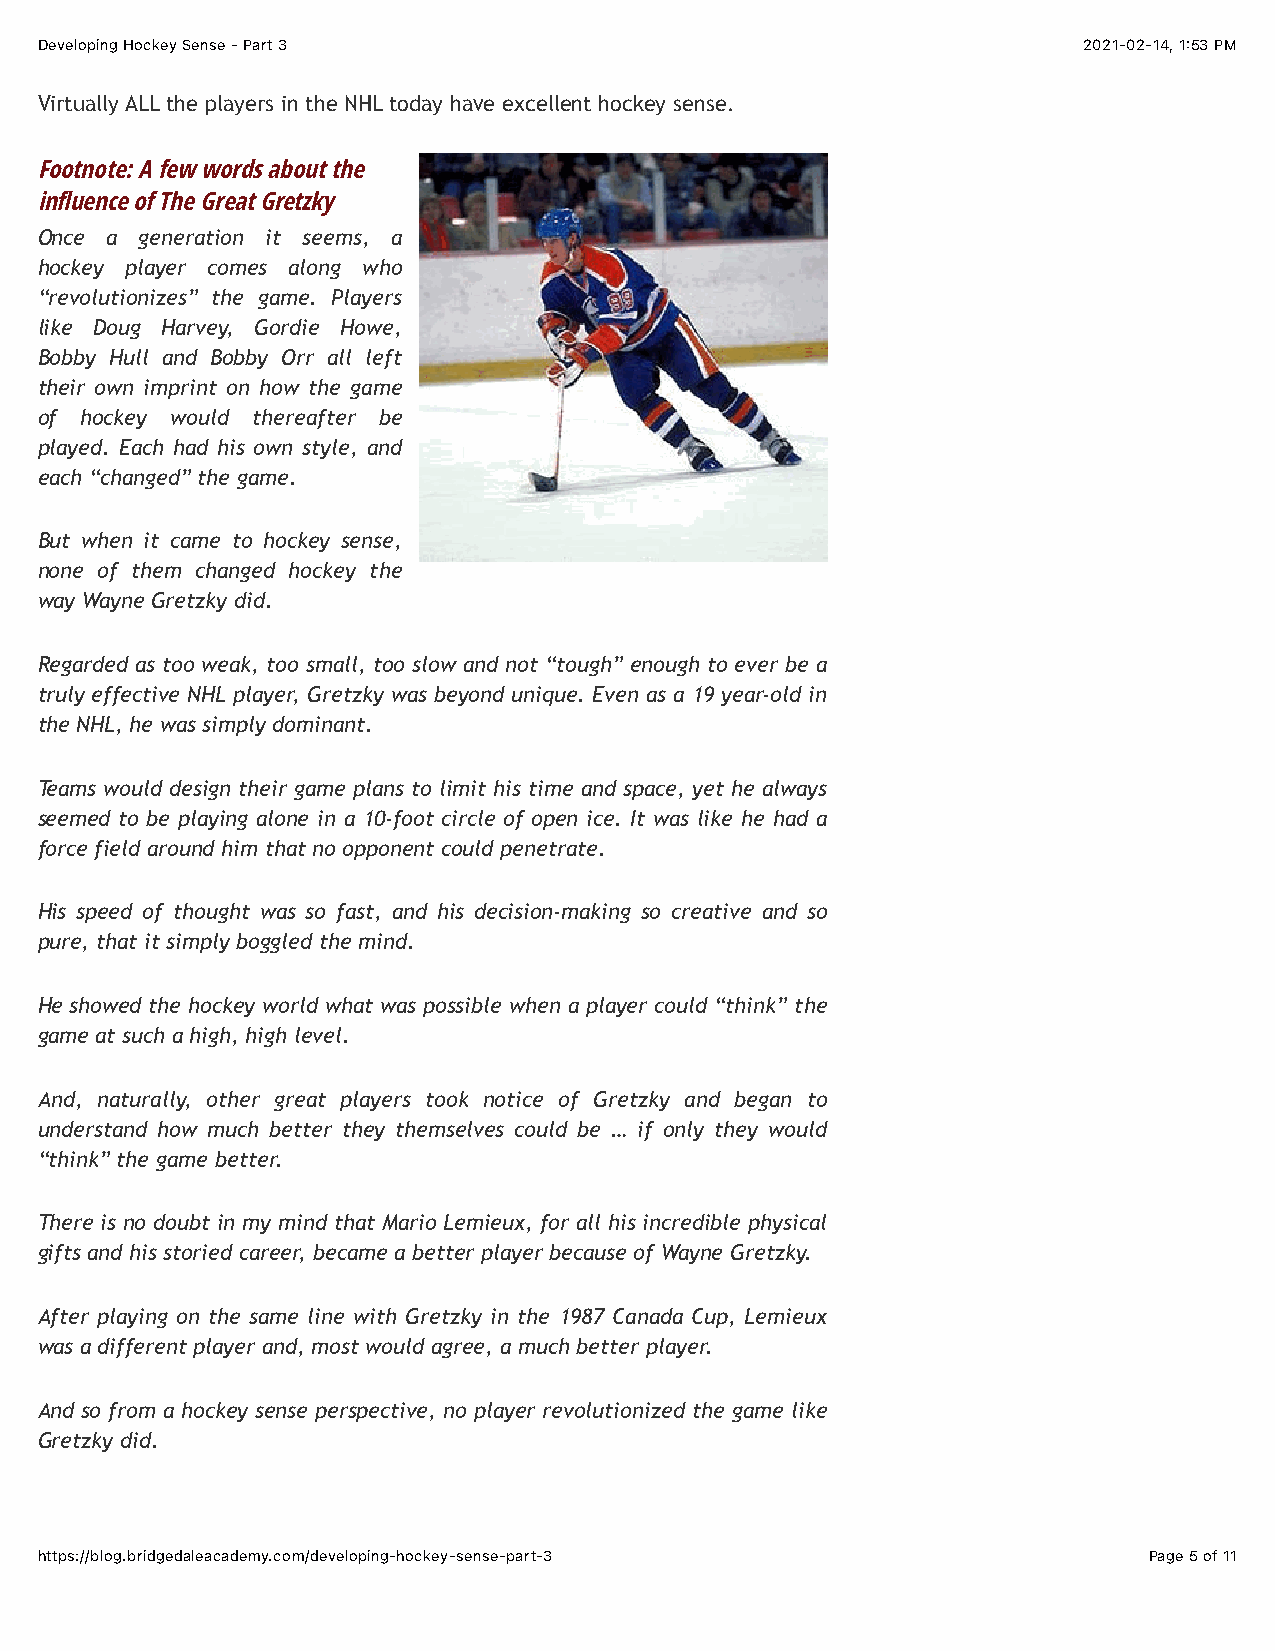
Developing Hockey Sense - Part 3                                      2021-02-14, 1:53 PM
 Virtually ALL the players in the NHL today have excellent hockey sense.
 Footnote: A few words about the
 in!uence of The Great Gretzky
 Once a generation it seems, a
 hockey player comes along who
 “revolutionizes” the game. Players
 like Doug Harvey, Gordie Howe,
 Bobby Hull and Bobby Orr all left
 their own imprint on how the game
 of hockey would thereafter be
 played. Each had his own style, and
 each “changed” the game.
 But when it came to hockey sense,
 none of them changed hockey the
 way Wayne Gretzky did.
 Regarded as too weak, too small, too slow and not “tough” enough to ever be a
 truly effective NHL player, Gretzky was beyond unique. Even as a 19 year-old in
 the NHL, he was simply dominant.
 Teams would design their game plans to limit his time and space, yet he always
 seemed to be playing alone in a 10-foot circle of open ice. It was like he had a
 force field around him that no opponent could penetrate.
 His speed of thought was so fast, and his decision-making so creative and so
 pure, that it simply boggled the mind.
 He showed the hockey world what was possible when a player could “think” the
 game at such a high, high level.
 And, naturally, other great players took notice of Gretzky and began to
 understand how much better they themselves could be … if only they would
 “think” the game better.
 There is no doubt in my mind that Mario Lemieux, for all his incredible physical
 gifts and his storied career, became a better player because of Wayne Gretzky.
 After playing on the same line with Gretzky in the 1987 Canada Cup, Lemieux
 was a different player and, most would agree, a much better player.
 And so from a hockey sense perspective, no player revolutionized the game like
 Gretzky did.
 https://blog.bridgedaleacademy.com/developing-hockey-sense-part-3         Page 5 of 11